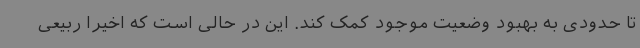
تا حدودی به بهبود وضعیت موجود کمک کند. این در حالی است که اخیرا ربیعی